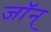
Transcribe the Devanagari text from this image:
जॉन्